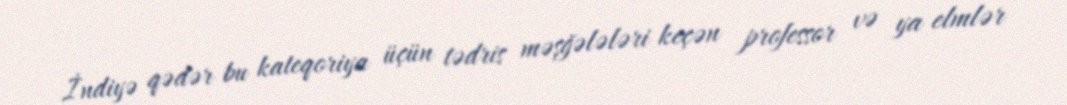
İndiyə qədər bu kateqoriya üçün tədris məşğələləri keçən professor və ya elmlər